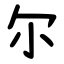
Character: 尔